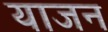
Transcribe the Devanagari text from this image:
याजन